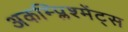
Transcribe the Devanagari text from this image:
अकम्प्लिश्मेंट्स